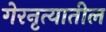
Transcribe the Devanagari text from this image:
गेरनृत्यातील